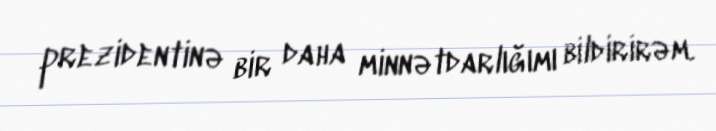
prezidentinə bir daha minnətdarlığımı bildirirəm.